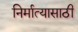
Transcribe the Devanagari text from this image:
निर्मात्यासाठी